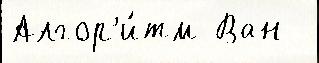
Алгор'и́тм Ван